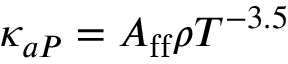
\kappa _ { a P } = A _ { \mathrm { f f } } \rho T ^ { - 3 . 5 }